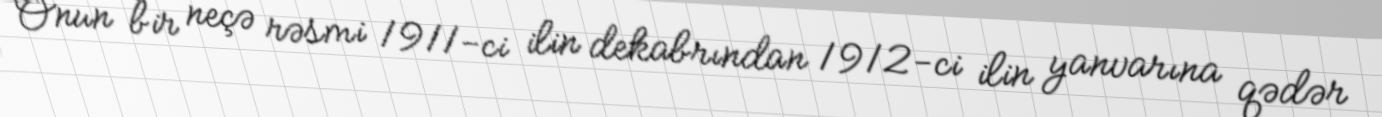
Onun bir neçə rəsmi 1911-ci ilin dekabrından 1912-ci ilin yanvarına qədər